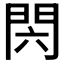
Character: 𰿝